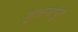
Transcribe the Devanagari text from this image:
कुंतलापूर